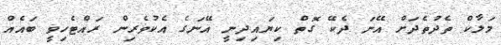
މަލާކް ތެދުތެދަށް އޭނަ ދެކޭ ގޮތް ކިޔައިދިނީ އޭނަގެ އެކުވެރިން ރައްޓެހިވީ ބައެއް